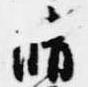
晴